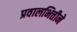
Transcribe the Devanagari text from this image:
प्रवालभित्तीने